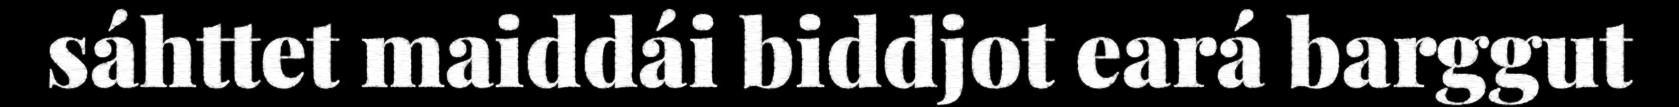
sáhttet maiddái biddjot eará barggut